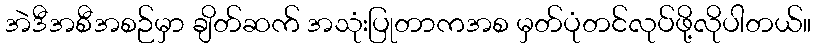
အဲဒီအစီအစဉ်မှာ ချိတ်ဆက် အသုံးပြုတာကအစ မှတ်ပုံတင်လုပ်ဖို့လိုပါတယ်။